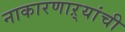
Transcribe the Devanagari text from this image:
नाकारणाऱ्यांची